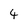
Character: 4